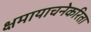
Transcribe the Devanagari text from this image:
क्षमायाचनेकरिता